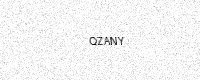
Text: QZANY